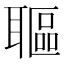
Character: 𦗛